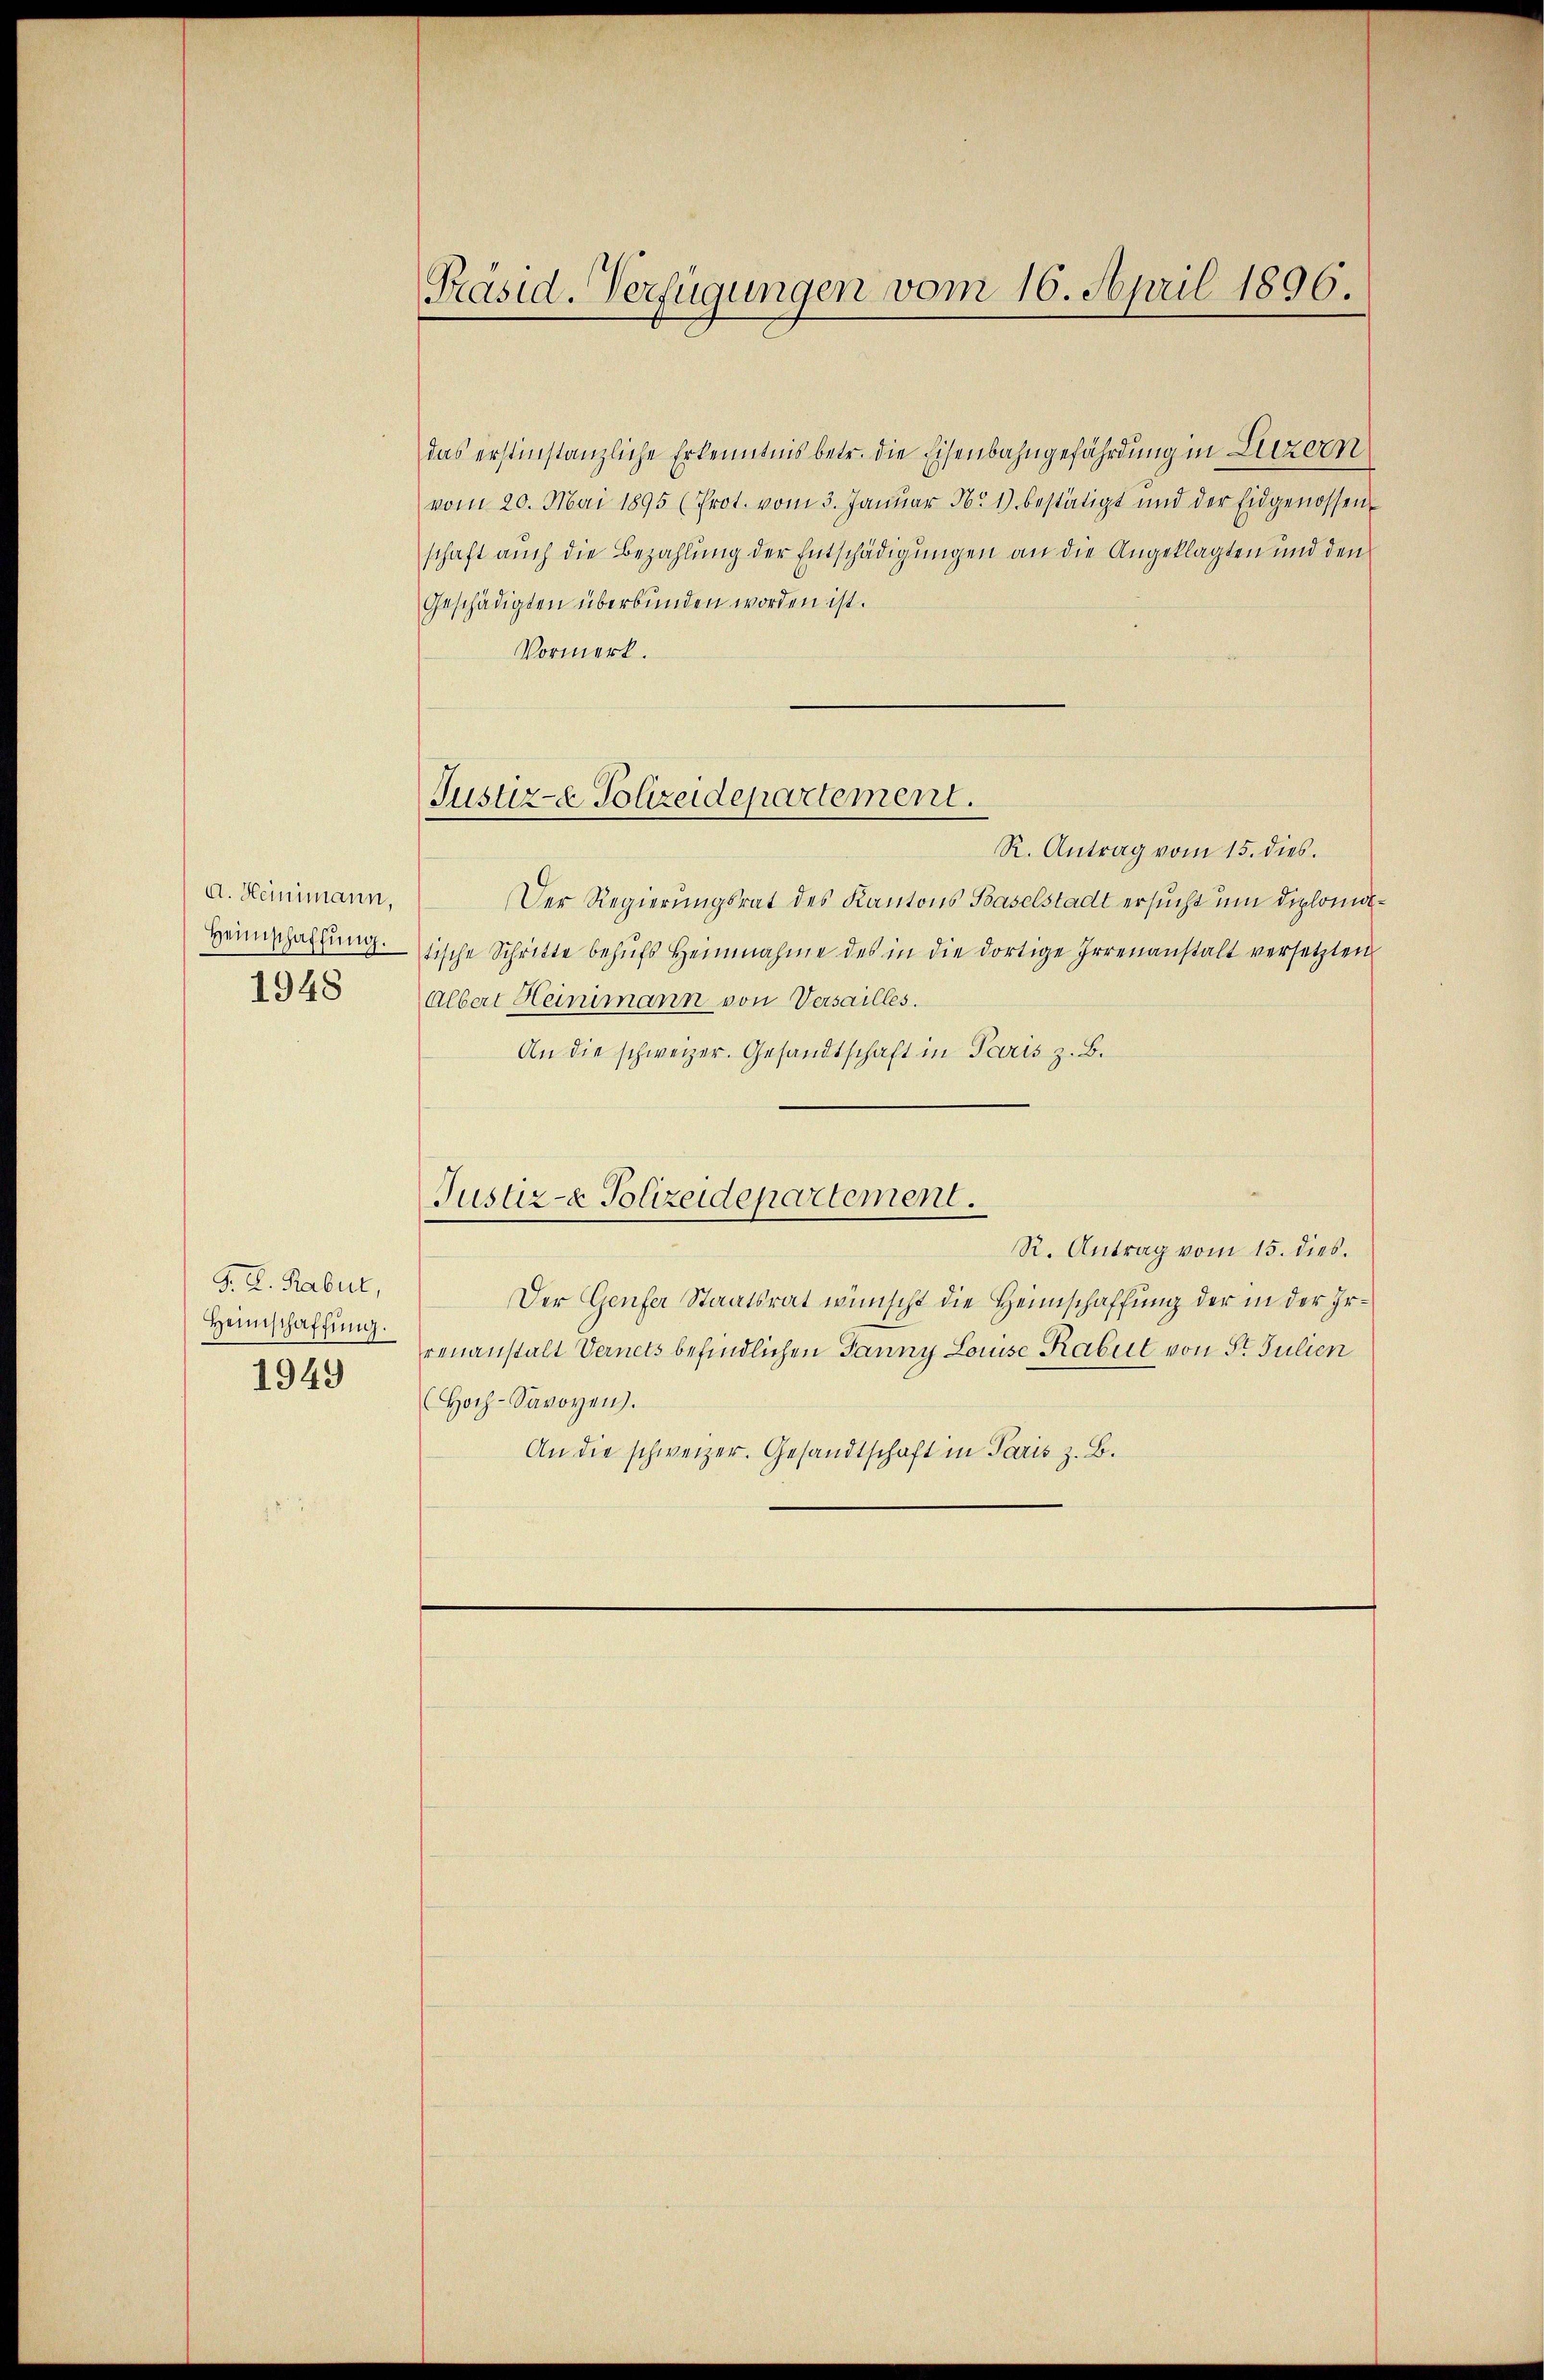
A. Heinimann,
Heimschaffung.
1948

S. K. Rabul,
Heimschaffung.
1949

Präsid. Verfügungen vom 16. April 1896.

Justiz-e Polizeidepartement.

das erstinstanzliche Erkenntnis betr. die Eisenbahngefährdung in Luzern
vom 20. Mai 1895 (Prot. vom 3. Januar 16. 1) bestätigt und der Eidgenossen-
schaft auch die Bezahlung der Entschädigungen an die Angeklagten und den
Geschädigten überbunden worden ist.
Vormerk.
R. Antrag vom 15. dies.
Der Regierungsrat des Kantons Baselstadt ersucht um diplomitische Schritte behŭfs Heinnahme des in die dortige Irrenanstalt versetzten
Albert Heinimann von Versailles.
An die schweizer. Gesandtschaft in Paris z. B.
Justiz- & Polizeidepartement.
R. Antrag vom 15. dies.
Der Genfer Staatsrat wünscht die Heimschaffung der in der Irrenanstalt Vernets befindlichen Janny Louise Rabul von St. Julien
(Hoch-Savoyen).
An die schweizer. Gesandtschaft in Paris z. B.